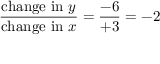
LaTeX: { \frac { { \mathrm { c h a n g e ~ i n ~ } } y } { { \mathrm { c h a n g e ~ i n ~ } } x } } = { \frac { - 6 } { + 3 } } = - 2